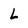
Character: L